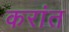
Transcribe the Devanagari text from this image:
करांत